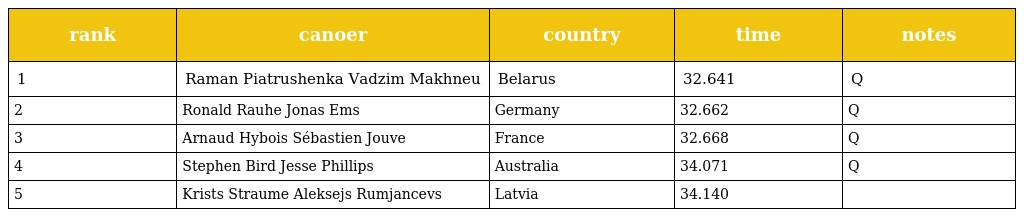
| rank | canoer | country | time | notes |
 | --- | --- | --- | --- | --- |
 | 1 | Raman Piatrushenka Vadzim Makhneu | Belarus | 32.641 | Q |
 | 2 | Ronald Rauhe Jonas Ems | Germany | 32.662 | Q |
 | 3 | Arnaud Hybois Sébastien Jouve | France | 32.668 | Q |
 | 4 | Stephen Bird Jesse Phillips | Australia | 34.071 | Q |
 | 5 | Krists Straume Aleksejs Rumjancevs | Latvia | 34.140 |  |